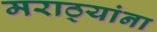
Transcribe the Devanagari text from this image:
मराठ्‍यांना